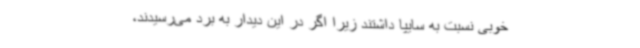
خوبی نسبت به سایپا داشتند زیرا اگر در این دیدار به برد می‌رسیدند،